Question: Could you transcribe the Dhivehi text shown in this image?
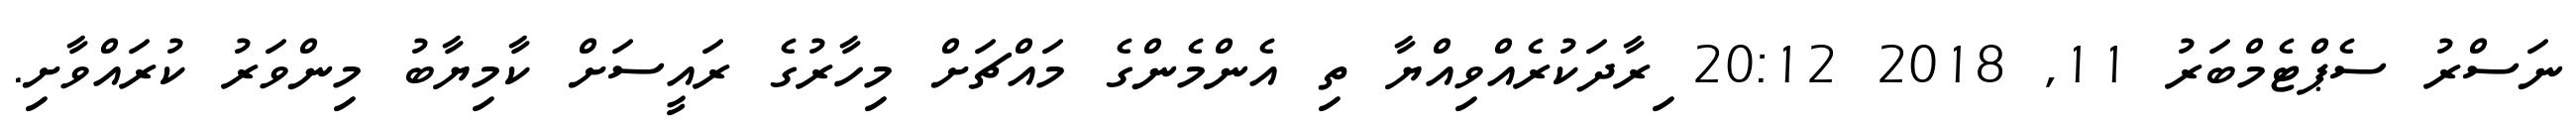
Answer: ނަސްރު ސެޕްޓެމްބަރު 11, 2018 20:12 ިރާދަކުރެއްވިއްޔާ ތި އެންމެންގެ މައްޗަށް މިހާރުގެ ރައީސަށް ކާމިޔާބު މިންވަރު ކުރައްވާށި.